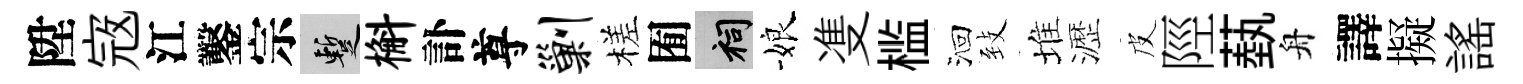
陞𡨥江鑿宗暫槲訃尊剿槎囿祠娘㕠槛洄𦤺堆瀝皮陘蓺舟譯擬謡